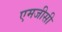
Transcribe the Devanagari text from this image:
एमजीसी